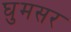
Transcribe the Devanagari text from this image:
घुमसर